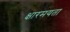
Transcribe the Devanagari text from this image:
क्षारमयता